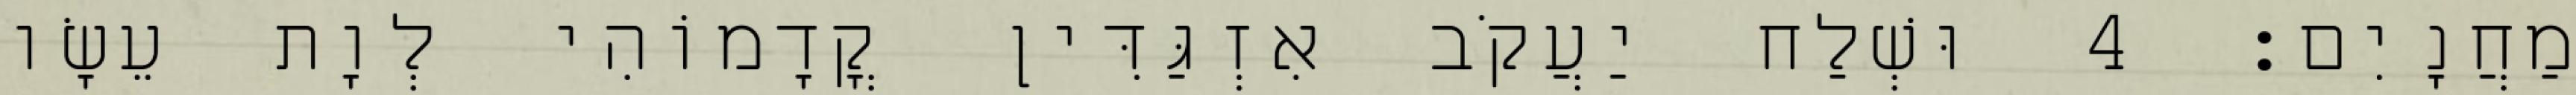
מַחֲנָיִם׃ 4 וּשְׁלַח יַעֲקֹב אִזְגַּדִּין קֳדָמוֹהִי לְוָת עֵשָׂו